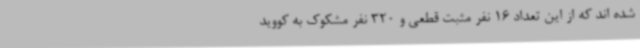
شده اند که از این تعداد 16 نفر مثبت قطعی و 320 نفر مشکوک به کووید